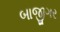
બાજીગર